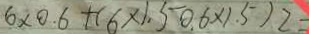
6 \times 0 . 6 + ( 6 \times 1 . 5 0 . 6 \times 1 . 5 ) 2 =